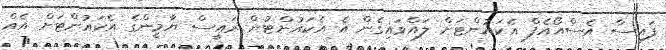
ފައިސާ އެސްއޯއެފް އެކައުންޓަށް ލައްވައިގެން އެ އެކައުންޓުން ރައީސް ޔާމީންގެ އެކައުންޓަށް އެއް